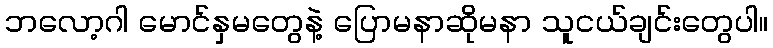
ဘလော့ဂါ မောင်နှမတွေနဲ့ ပြောမနာဆိုမနာ သူငယ်ချင်းတွေပါ။